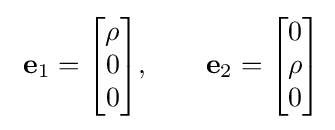
\ \mathbf {e} _{1}={\begin{bmatrix}\rho \\0\\0\end{bmatrix}},\qquad \mathbf {e} _{2}={\begin{bmatrix}0\\\rho \\0\end{bmatrix}}